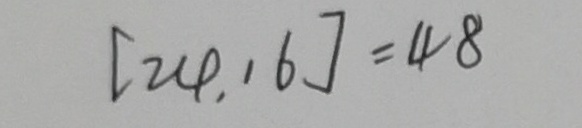
[ 2 4 , 1 6 ] = 4 8